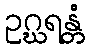
ဥဂ္ဃရန္တံ